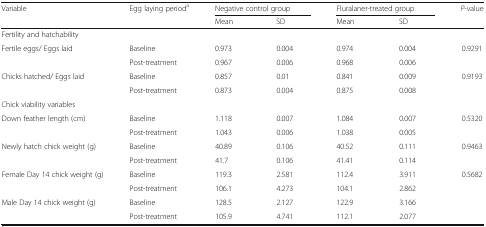
<table><thead><tr><td><b>Variable</b></td><td><b>Egg laying period<sup>a</sup></b></td><td colspan="2"><b>Negative control group</b></td><td colspan="2"><b>Fluralaner-treated group</b></td><td><b><i>P</i>-value</b></td></tr><tr><td></td><td></td><td><b>Mean</b></td><td><b>SD</b></td><td><b>Mean</b></td><td><b>SD</b></td><td></td></tr></thead><tbody><tr><td colspan="7">Fertility and hatchability</td></tr><tr><td rowspan="2">Fertile eggs/ Eggs laid</td><td>Baseline</td><td>0.973</td><td>0.004</td><td>0.974</td><td>0.004</td><td rowspan="2">0.9291</td></tr><tr><td>Post-treatment</td><td>0.967</td><td>0.006</td><td>0.968</td><td>0.006</td></tr><tr><td rowspan="2">Chicks hatched/ Eggs laid</td><td>Baseline</td><td>0.857</td><td>0.01</td><td>0.841</td><td>0.009</td><td rowspan="2">0.9193</td></tr><tr><td>Post-treatment</td><td>0.873</td><td>0.004</td><td>0.875</td><td>0.008</td></tr><tr><td colspan="7">Chick viability variables</td></tr><tr><td rowspan="2">Down feather length (cm)</td><td>Baseline</td><td>1.118</td><td>0.007</td><td>1.084</td><td>0.007</td><td rowspan="2">0.5320</td></tr><tr><td>Post-treatment</td><td>1.043</td><td>0.006</td><td>1.038</td><td>0.005</td></tr><tr><td rowspan="2">Newly hatch chick weight (g)</td><td>Baseline</td><td>40.89</td><td>0.106</td><td>40.52</td><td>0.111</td><td rowspan="2">0.9463</td></tr><tr><td>Post-treatment</td><td>41.7</td><td>0.106</td><td>41.41</td><td>0.114</td></tr><tr><td rowspan="2">Female Day 14 chick weight (g)</td><td>Baseline</td><td>119.3</td><td>2.581</td><td>112.4</td><td>3.911</td><td rowspan="4">0.5682</td></tr><tr><td>Post-treatment</td><td>106.1</td><td>4.273</td><td>104.1</td><td>2.862</td></tr><tr><td rowspan="2">Male Day 14 chick weight (g)</td><td>Baseline</td><td>128.5</td><td>2.127</td><td>122.9</td><td>3.166</td></tr><tr><td>Post-treatment</td><td>105.9</td><td>4.741</td><td>112.1</td><td>2.077</td></tr></tbody></table>